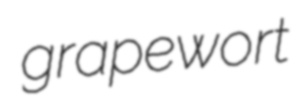
grapewort